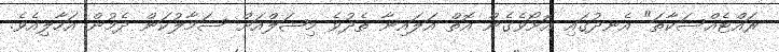
ރައްޓެއްސަކާތަ" އެނދުގައި އޮށޯވެގެން އޮތް އަލައިނާ ތެދުވެ މިޝަލްއަށް ސަމާލުކަން ދެމުން އަހާލިއެވެ.